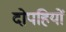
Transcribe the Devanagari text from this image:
दोपहियों